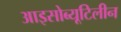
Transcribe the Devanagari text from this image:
आइसोब्यूटिलीन